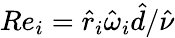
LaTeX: Re_{i}=\hat{r}_{i}\hat{\omega}_{i}\hat{d}/\hat{\nu}